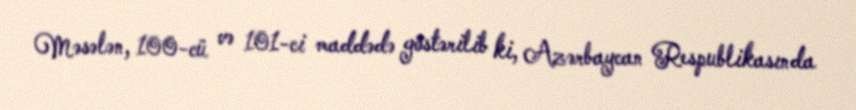
Məsələn, 100-cü və 101-ci maddədə göstərilib ki, Azərbaycan Respublikasında